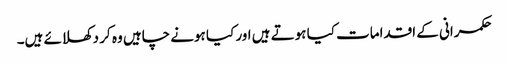
حکمرانی کے اقدامات کیا ہوتے ہیں اور کیا ہونے چاہیں وہ کر دکھلائے ہیں۔